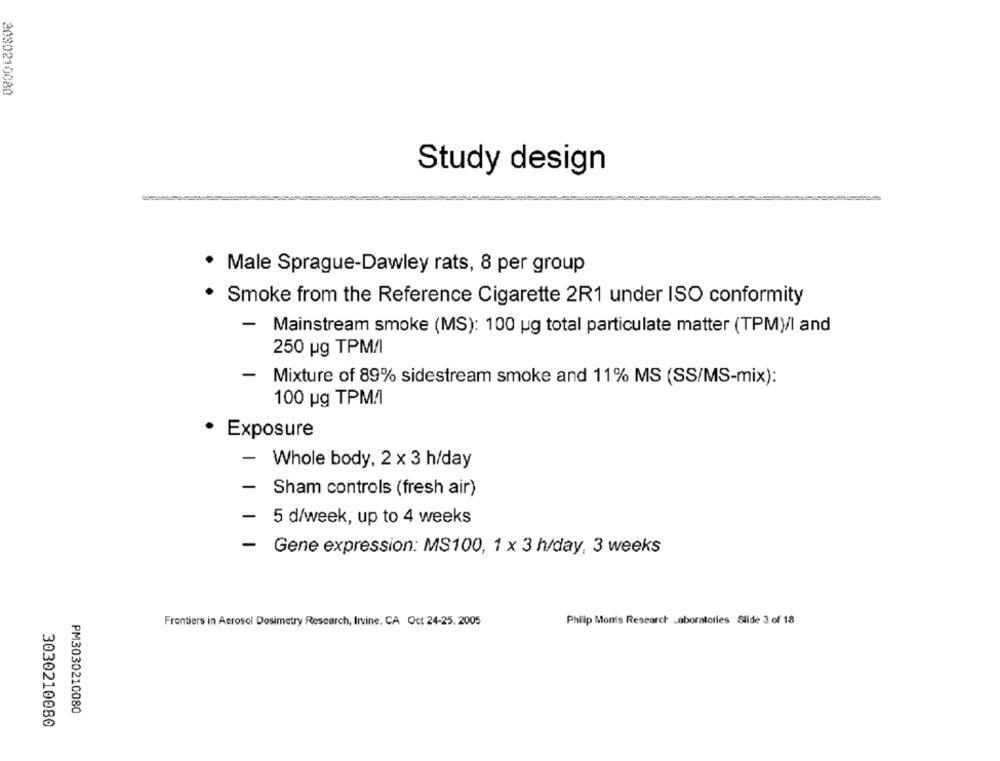
3030210080
Study design
Male Sprague-Dawley rats, 8 per group
Smoke from the Reference Cigarette 2R1 under ISO conformity
- Mainstream smoke (MS): 100 ug total particulate matter (TPM)/I and
250 ug TPM/I
-
Mixture of 89% sidestream smoke and 11% MS (SS/MS-mix):
100 ug TPM.1
· Exposure
-
Whole body, 2 x 3 h/day
-
Sham controls (fresh air)
-
5 d/week, up to 4 weeks
-
Gene expression: MS100, 1 x 3 h/day, 3 weeks
Frontiers in Aerosol Dosimetry Research, Irvine, CA Oct 24-25. 2005
Philip Monis Research Laboratories Slide 3 of 18
PM3030210080
3030210080